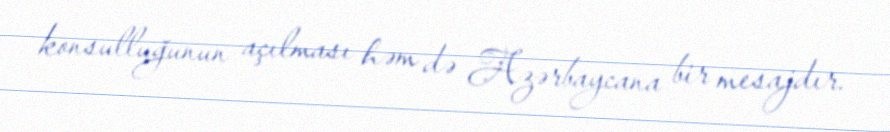
konsulluğunun açılması həm də Azərbaycana bir mesajdır.